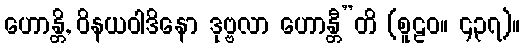
ဟောန္တိ, ဝိနယဝါဒိနော ဒုဗ္ဗလာ ဟောန္တီ”တိ (စူဠဝ။ ၄၃၇)။